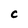
Character: C